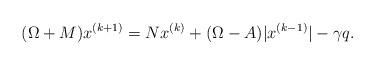
LaTeX: \begin{align*}(\Omega + M)x^{(k+1)} = Nx^{(k)} + (\Omega - A)\vert x^{(k-1)}\vert - \gamma q.\end{align*}